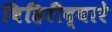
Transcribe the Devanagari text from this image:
विहिरीद्वारे